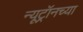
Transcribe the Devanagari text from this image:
न्यूट्रॉनच्या